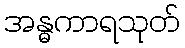
အန္ဓကာရသုတ်